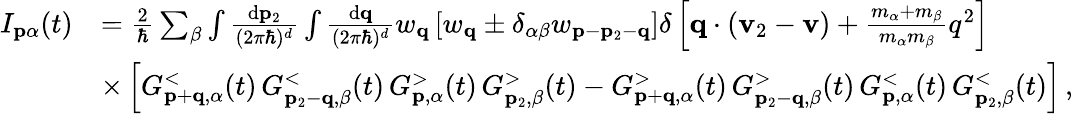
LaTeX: \begin{array}{rl}{I_{\mathbf{p}\alpha}(t)}&{=\frac{2}{\hbar}\sum_{\beta}\int\frac{\mathrm{d}\mathbf{p}_{2}}{(2\pi\hbar)^{d}}\int\frac{\mathrm{d}\mathbf{q}}{(2\pi\hbar)^{d}}w_{\mathbf{q}}\left[w_{\mathbf{q}}\pm\delta_{\alpha\beta}w_{\mathbf{p}-\mathbf{p}_{2}-\mathbf{q}}\right]\delta\left[\mathbf{q}\cdot\left(\mathbf{v}_{2}-\mathbf{v}\right)+\frac{m_{\alpha}+m_{\beta}}{m_{\alpha}m_{\beta}}q^{2}\right]}\\ &{\times\left[G_{\mathbf{p}+\mathbf{q},\alpha}^{<}(t)\, G_{\mathbf{p}_{2}-\mathbf{q},\beta}^{<}(t)\, G_{\mathbf{p},\alpha}^{>}(t)\, G_{\mathbf{p}_{2},\beta}^{>}(t)-G_{\mathbf{p}+\mathbf{q},\alpha}^{>}(t)\, G_{\mathbf{p}_{2}-\mathbf{q},\beta}^{>}(t)\, G_{\mathbf{p},\alpha}^{<}(t)\, G_{\mathbf{p}_{2},\beta}^{<}(t)\right]\, ,}\end{array}